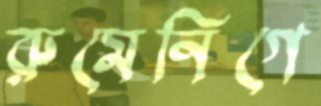
রুমেনিগে